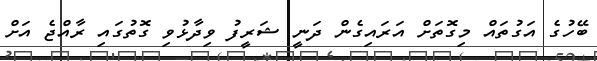
ބޭހުގެ އަގުތައް މިގޮތަށް އަރައިގެން ދަނީ ޝަރީފު ވިދާޅުވި ގޮތުގައި ރާއްޖެ އަށް